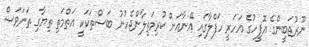
ނޫރުޖަބީންގެ އޮފީހުގެ އަހަރީ ހަފްލާގައި އޭނާއަށް ކުރިމަތިލާންޖެހުނު ބަސްތަކަކީ އަތްމަތި ތިޔާގި ތަނަވަސް